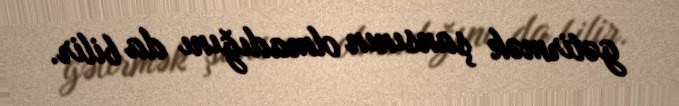
gətirmək şansının olmadığını da bilir.